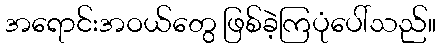
အရောင်းအဝယ်တွေ ဖြစ်ခဲ့ကြပုံပေါ်သည်။